Leningradi_Edasi_toimetus, lk 214
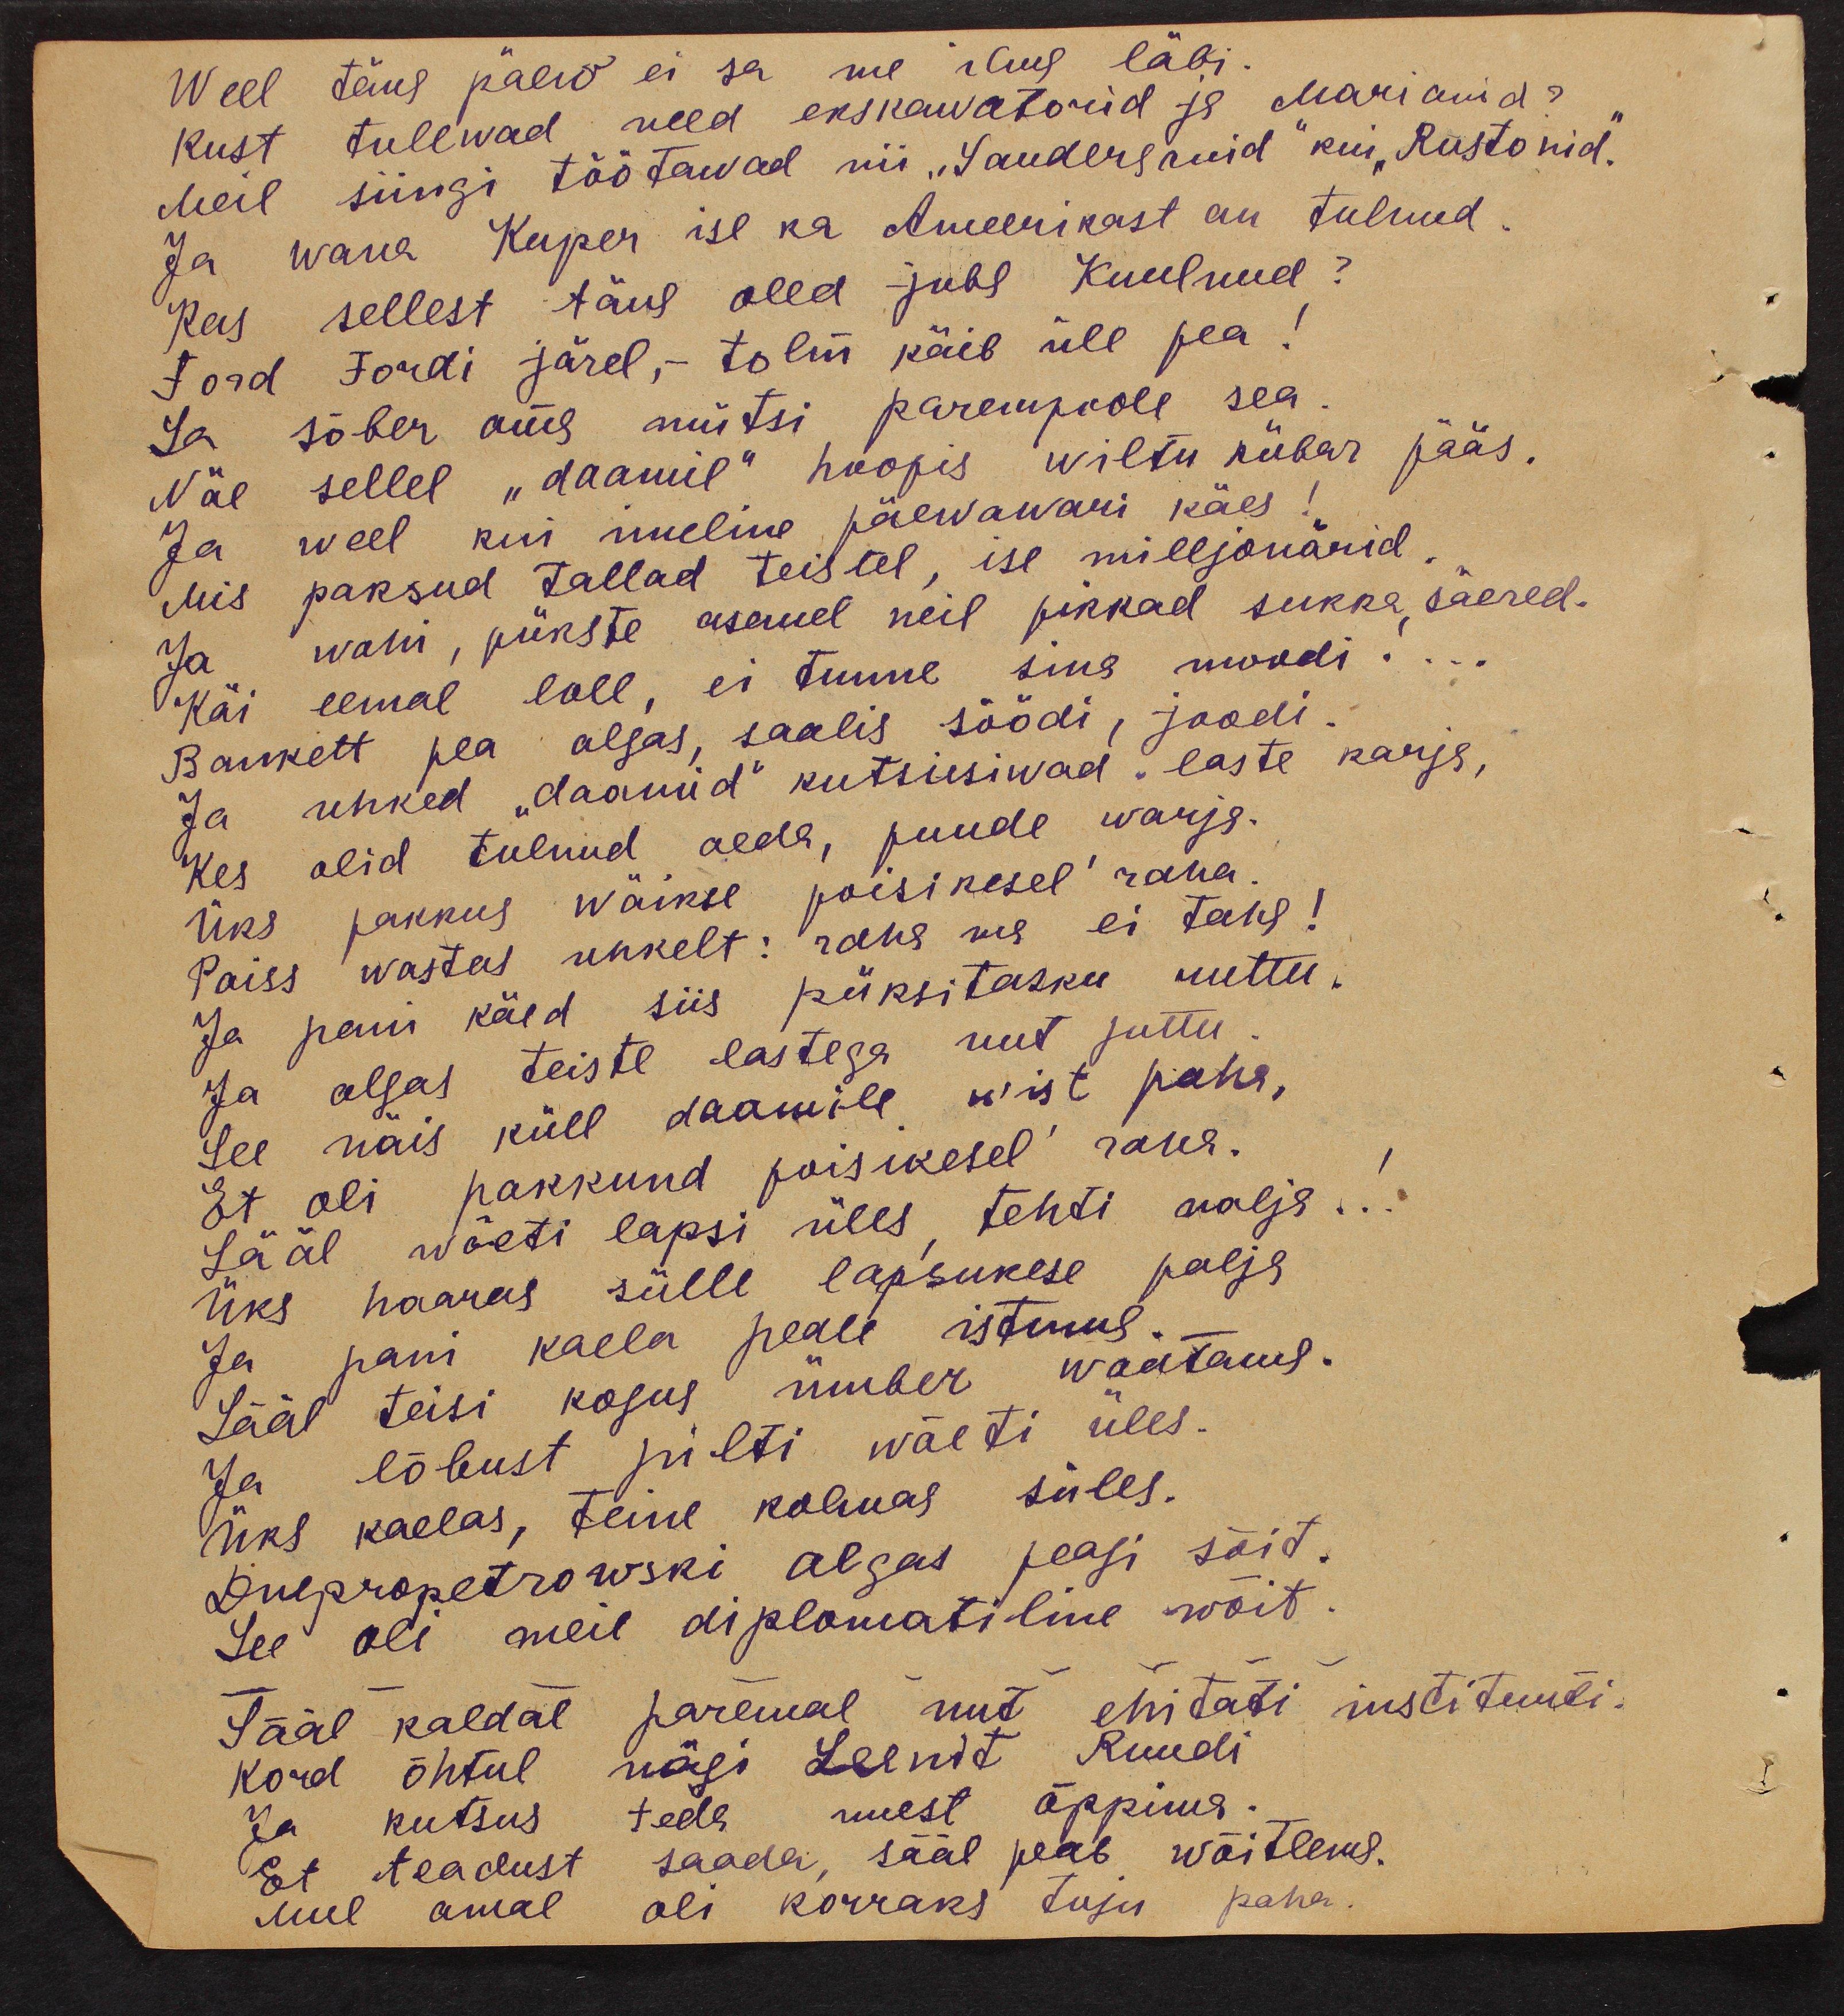
Weel täna päew ei sa me ilma läbi.
kust tulewad need ekskawatorid ja Marianid?
Meil siingi töötawad nii "Sauderganid" kui "Rustonid."
Ja wana Kuper ise ka Ameerikast on tulnud.
Kas sellest täna oled juba Kuulnud?
Ford Fordi järel, - tolm käib üle pea!
Sa sõber oma mütsi parempoole sea
Näe sellel "daamil" hoopis wiltu kübar pääs.
Ja weel kui imeline päewawari käes!
Mis paksud tallad teistel, ise milljonärid.
Ja wahi, pükste asemel neil pikkad sukka, säered.
Käi eemal loll, ei tunne sina moodi...
Bankett pea algas, saalis söödi, joodi
Ja uhked "daamid" kutsusiwad laste karja,
Kes olid tulnud aeda, puude warja.
Üks pakkus wäikse poisikesel raha.
Poiss wastas uhkelt: raha ma ei taha!
Ja pani käed siis püksitasku ruttu.
Ja algas teiste lastega uut juttu.
See näis küll daamile wist paha,
Et oli pakkund poisikesel raha.
Sääl wõeti lapsi üles tehti nalja...
üks haaaus sülle lapsukese palja
Ja pani kaela peale istmua.
Sääl teisi kogus ümber waatamas.
Ja lõbust pilti wõeti üles.
Üks kaelas, teine kolmas süles.
Dnepropetrowski algas peagi sõit.
See oli meil diplomatiline wõit.
Sääl kaldal paremal uut ehitati instituuti.
kord õhtul nägi Leenit Ruudi
Ja kutsus teda uuest õppima.
Et teadust saada, sääl peab wõitlema.
mul omal oli korraks tuju paha.